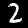
Digit: 2